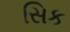
સિક